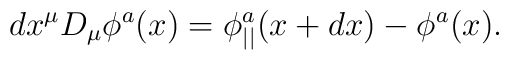
dx^{\mu }D_{\mu }\phi^{a}(x)=\phi_{||}^{a}(x+dx)-\phi^{a}(x).